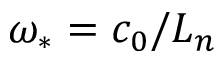
\omega _ { \ast } = c _ { 0 } / L _ { n }